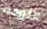
اللوحه